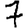
Digit: 7